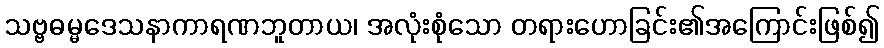
သဗ္ဗဓမ္မဒေသနာကာရဏဘူတာယ၊ အလုံးစုံသော တရားဟောခြင်း၏အကြောင်းဖြစ်၍